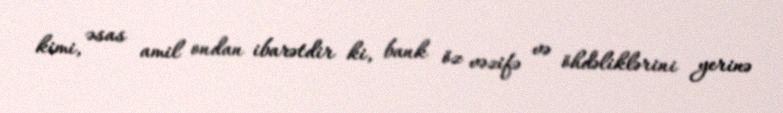
kimi, əsas amil ondan ibarətdir ki, bank öz vəzifə və öhdəliklərini yerinə